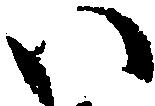
い